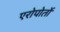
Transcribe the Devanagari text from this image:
एरोपोर्तो